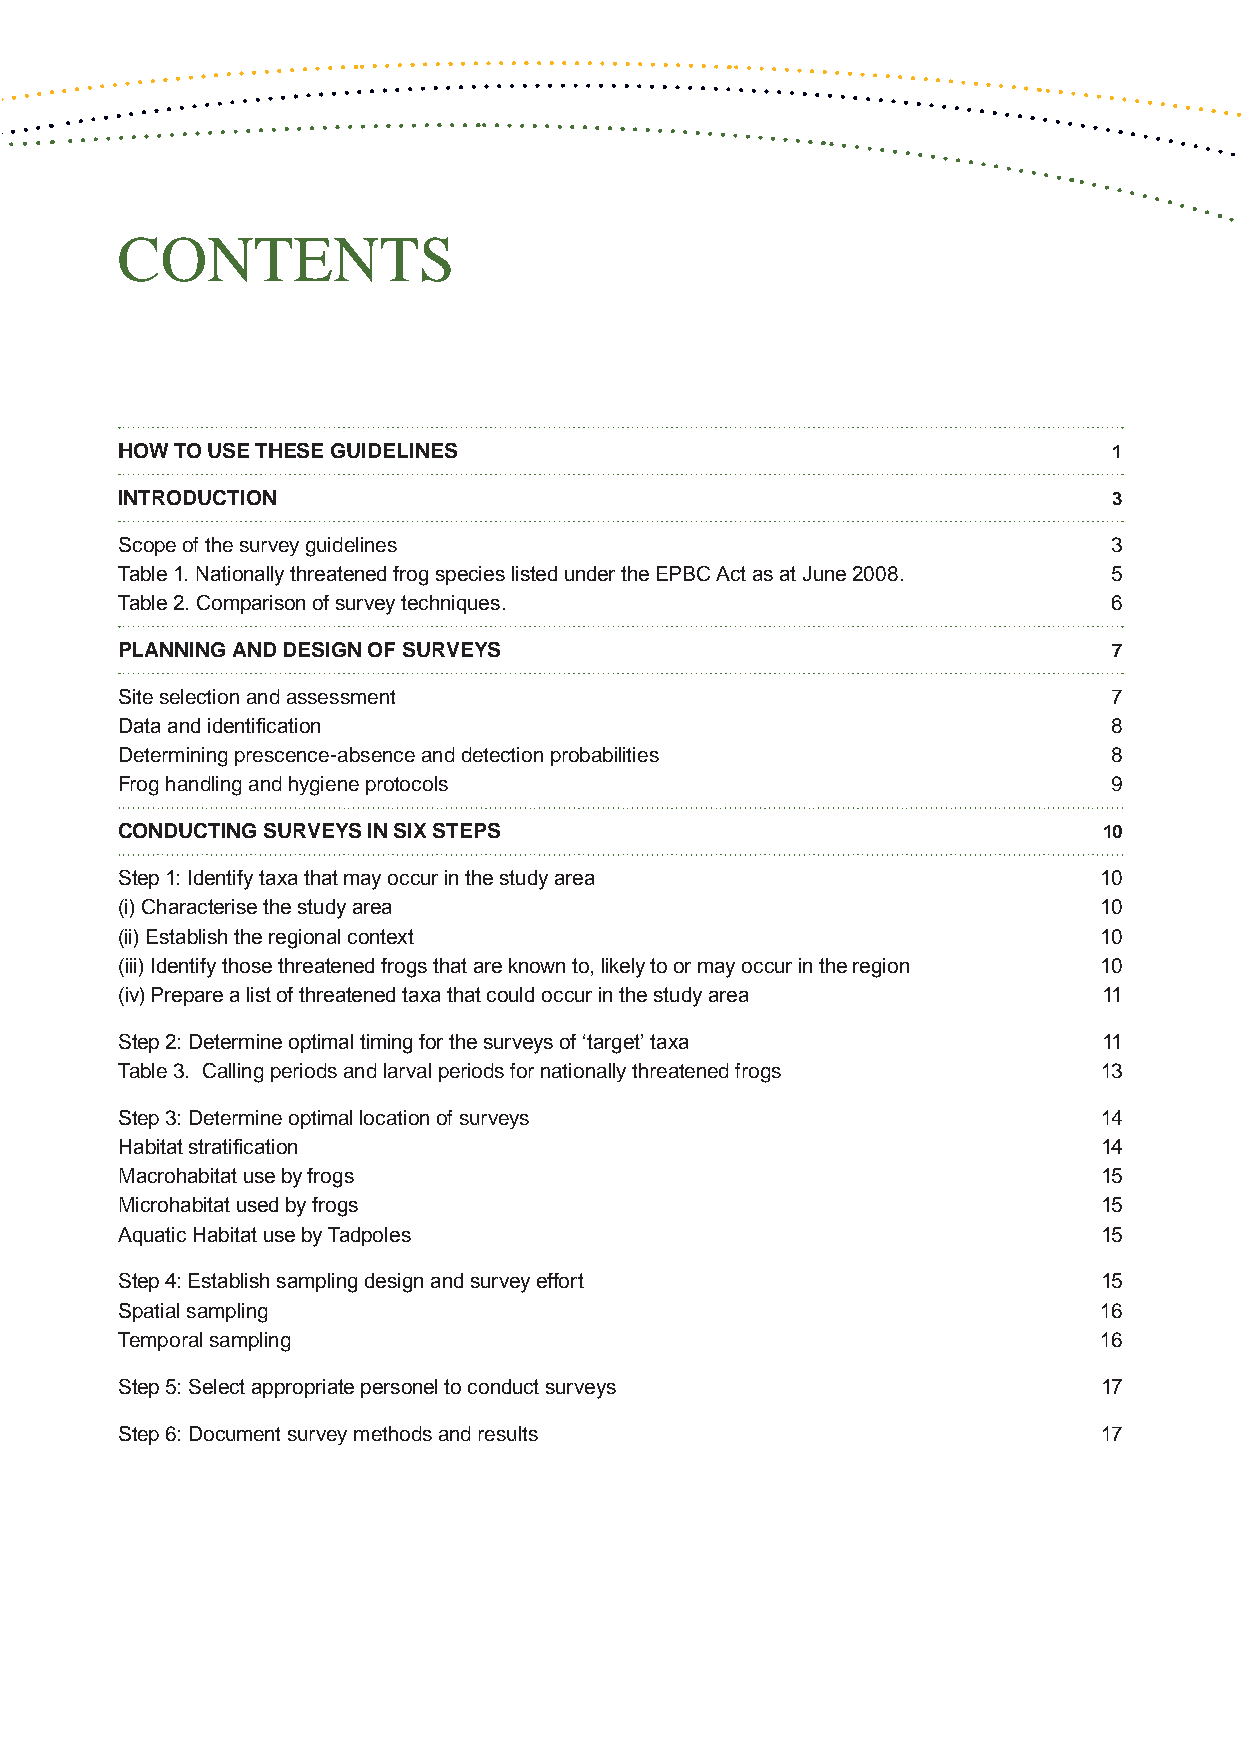
CONTENTS
 HOW TO USE THESE GUIDELINES                                       1
 INTRODUCTION                                                      3
 Scope of the survey guidelines                                    3
 Table 1. Nationally threatened frog species listed under the EPBC Act as at June 2008. 5
 Table 2. Comparison of survey techniques.                         6
 PLANNING AND DESIGN OF SURVEYS                                    7
 Site selection and assessment                                     7
 Data and identification                                           8
 Determining prescence-absence and detection probabilities         8
 Frog handling and hygiene protocols                               9
 CONDUCTING SURVEYS IN SIX STEPS                                  10
 Step 1: Identify taxa that may occur in the study area           10
 (i) Characterise the study area                                  10
 (ii) Establish the regional context                              10
 (iii) Identify those threatened frogs that are known to, likely to or may occur in the region 10
 (iv) Prepare a list of threatened taxa that could occur in the study area 11
 Step 2: Determine optimal timing for the surveys of ‘target’ taxa 11
 Table 3. Calling periods and larval periods for nationally threatened frogs 13
 Step 3: Determine optimal location of surveys                    14
 Habitat stratification                                           14
 Macrohabitat use by frogs                                        15
 Microhabitat used by frogs                                       15
 Aquatic Habitat use by Tadpoles                                  15
 Step 4: Establish sampling design and survey effort              15
 Spatial sampling                                                 16
 Temporal sampling                                                16
 Step 5: Select appropriate personel to conduct surveys           17
 Step 6: Document survey methods and results                      17
 iii